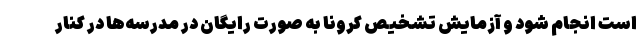
است انجام شود و آزمایش تشخیص کرونا به صورت رایگان در مدرسه‌ها در کنار